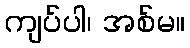
ကျပ်ပါ၊ အစ်မ။